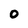
Character: 0